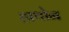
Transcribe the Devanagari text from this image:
हाथोन